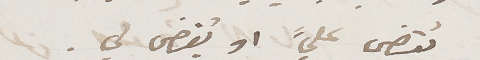
يُقضي عليً اويُقضى لي.